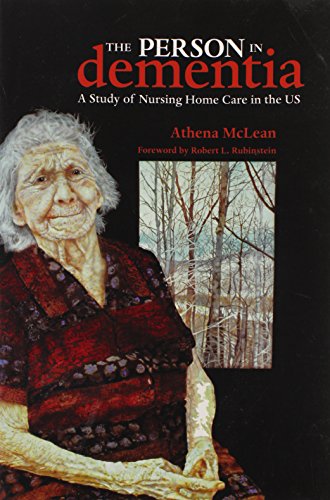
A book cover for The Person in Dementia: A Study of Nursing Home Care in the US (Teaching Culture: UTP Ethnographies for the Classroom); Athena McLean; Medical Books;